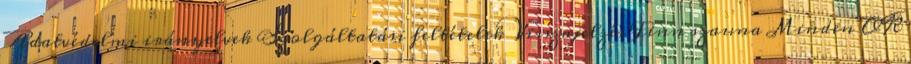
Adatvédelmi irányelvek Szolgáltatási feltételek Visszajelzés Finn szauna Minden OK